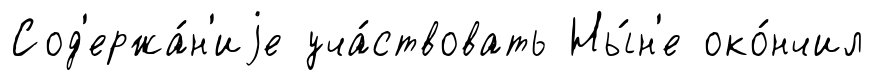
Сод'ержа́н'иjе уча́ствовать Ны́н'е око́нчил